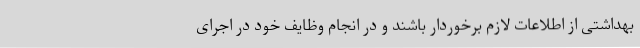
بهداشتی از اطلاعات لازم برخوردار باشند و در انجام وظایف خود در اجرای